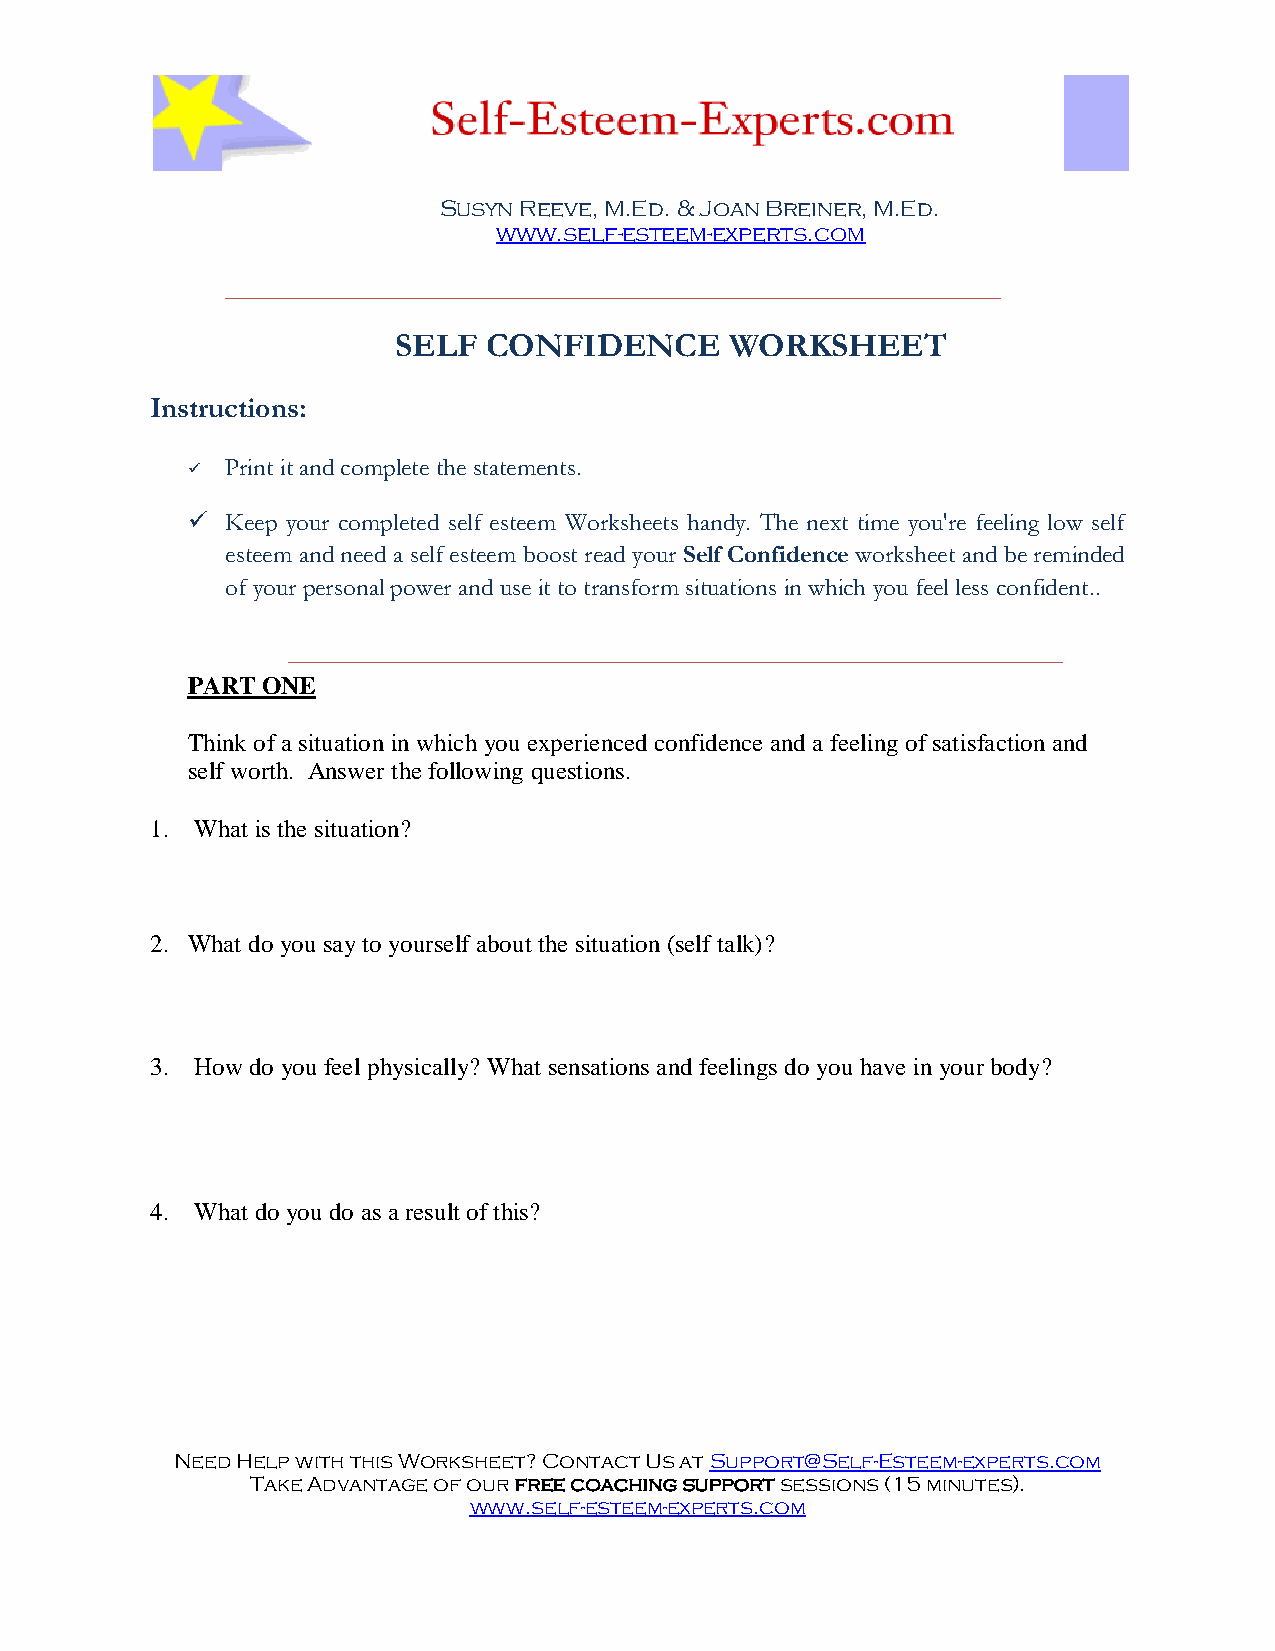
Susyn Reeve, M.Ed. & Joan Breiner, M.Ed.
 www.self-esteem-experts.com
 ______________________________________________________________
 SELF  CONFIDENCE      WORKSHEET
 Instructions:
   Print it and complete the statements.
   Keep your completed self esteem Worksheets handy. The next time you're feeling low self
 esteem and need a self esteem boost read your Self Confidence worksheet and be reminded
 of your personal power and use it to transform situations in which you feel less confident..
 ______________________________________________________________
 PART ONE
 Think of a situation in which you experienced confidence and a feeling of satisfaction and
 self worth. Answer the following questions.
 1. What is the situation?
 2. What do you say to yourself about the situation (self talk)?
 3. How do you feel physically? What sensations and feelings do you have in your body?
 4. What do you do as a result of this?
 Need Help with this Worksheet? Contact Us at Support@Self-Esteem-experts.com
 Take Advantage of our free coaching support sessions (15 minutes).
 www.self-esteem-experts.com